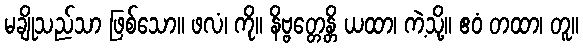
မချိုသည်သာ ဖြစ်သော။ ဖလံ၊ ကို။ နိဗ္ဗတ္တေန္တိ ယထာ၊ ကဲ့သို့။ ဧဝံ တထာ၊ တူ။